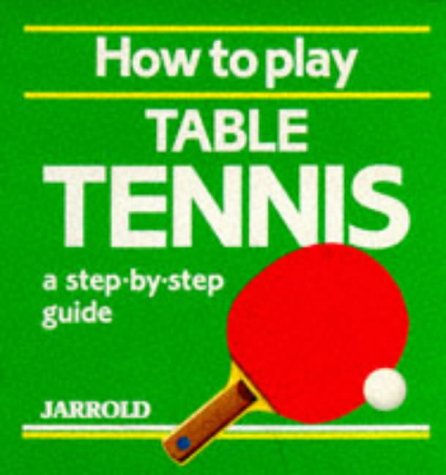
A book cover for How to Play Table Tennis: A Step-By-Step Guide (Jarrold Sports); Sports & Outdoors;